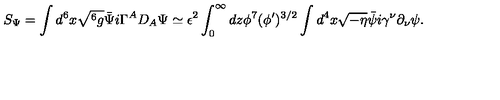
S _ { \Psi } = \int d ^ { 6 } x \sqrt { ^ 6 g } \bar { \Psi } i \Gamma ^ { A } D _ { A } \Psi \simeq \epsilon ^ { 2 } \int _ { 0 } ^ { \infty } d z \phi ^ { 7 } ( \phi ^ { \prime } ) ^ { 3 / 2 } \int d ^ { 4 } x \sqrt { - \eta } \bar { \psi } i \gamma ^ { \nu } \partial _ { \nu } \psi .